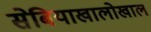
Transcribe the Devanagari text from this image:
सेबियाखालोखाल